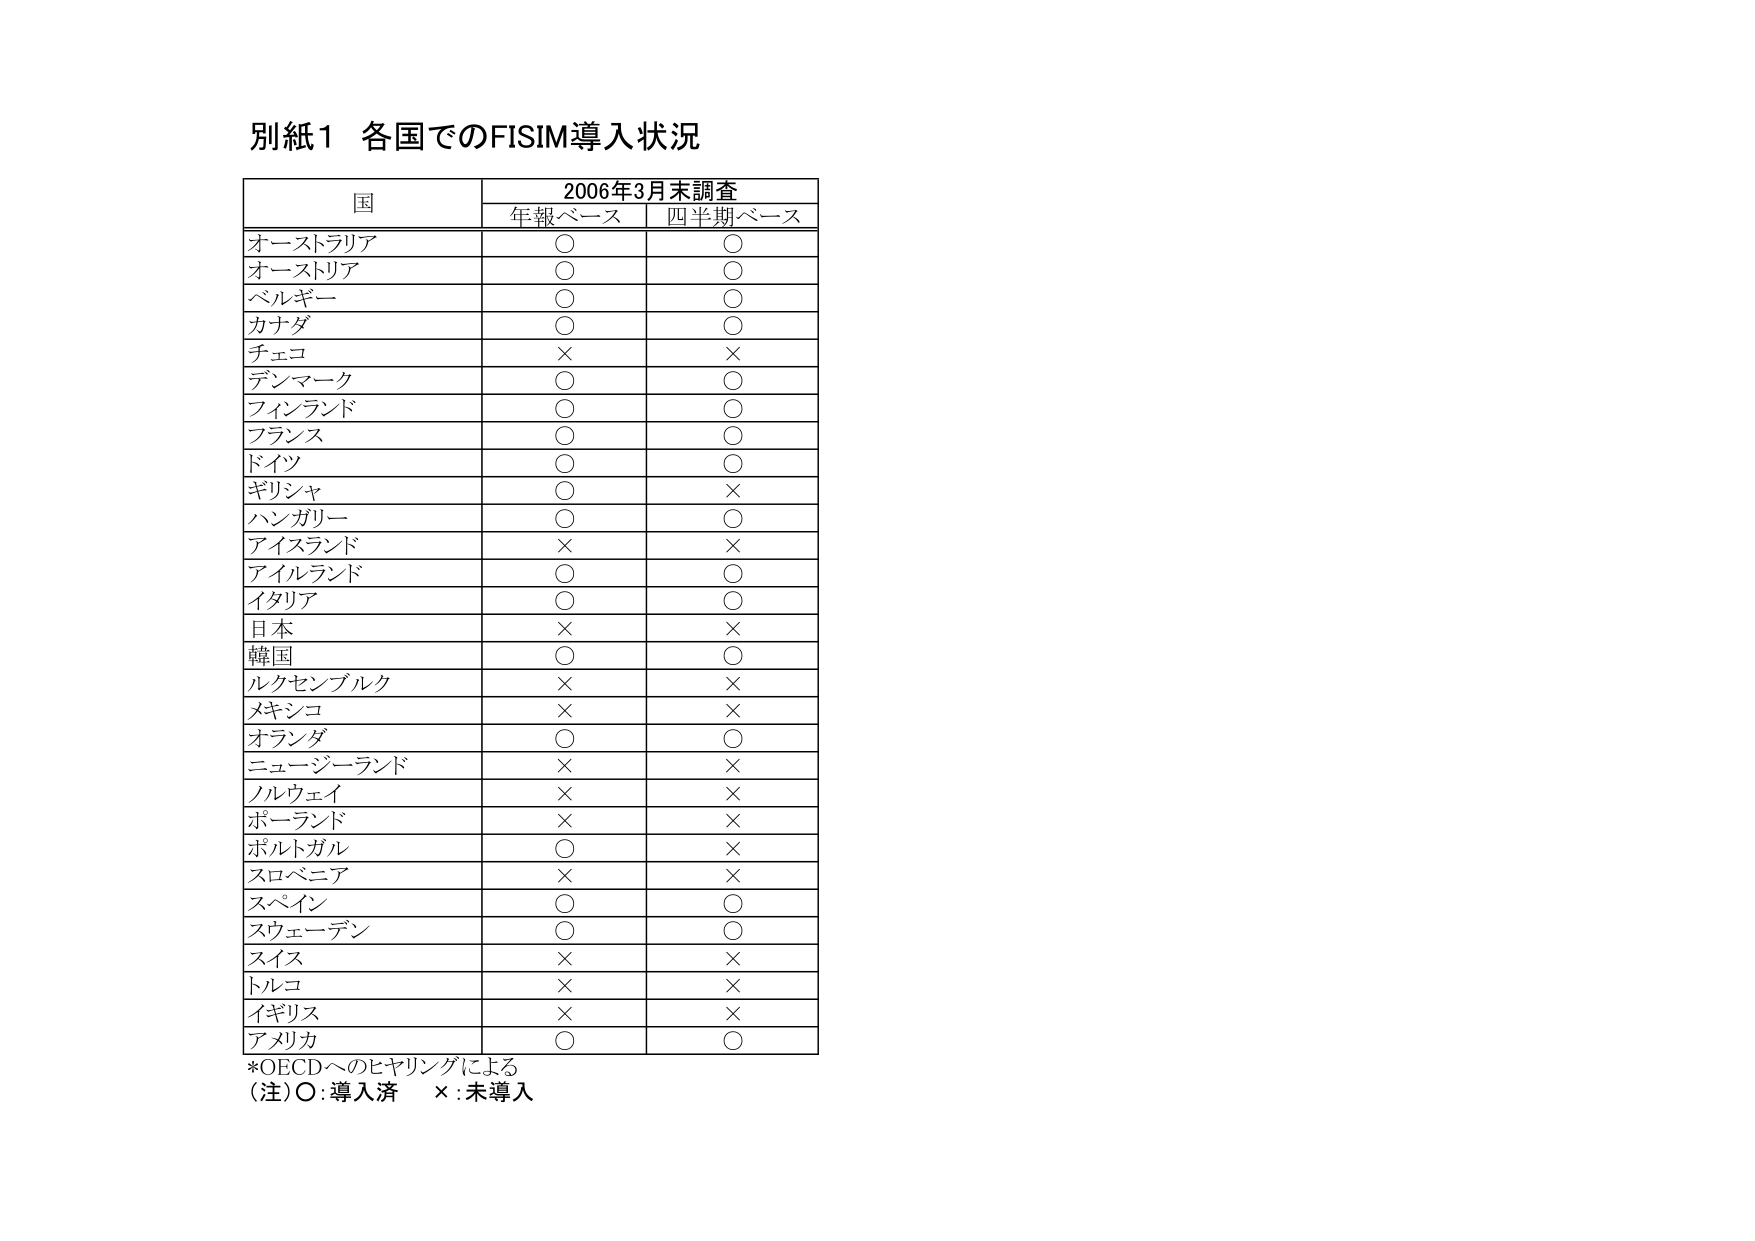
別紙1 各国でのFISIM導入状況

国 2006年3月末調査
年報ベース 四半期ベース

オーストラリア ○ ○
オーストリア ○ ○
ベルギー ○ ○
カナダ ○ ○
チェコ × ×
デンマーク ○ ○
フィンランド ○ ○
フランス ○ ○
ドイツ ○ ○
ギリシャ ○ ×
ハンガリー ○ ○
アイスランド × ×
アイルランド ○ ○
イタリア ○ ○
日本 × ×
韓国 ○ ○
ルクセンブルク × ×
メキシコ × ×
オランダ ○ ○
ニュージーランド × ×
ノルウェイ × ×
ポーランド × ×
ポルトガル ○ ×
スロベニア × ×
スペイン ○ ○
スウェーデン ○ ○
スイス × ×
トルコ × ×
イギリス × ×
アメリカ ○ ○

*OECDへのヒヤリングによる
（注）○：導入済　×：未導入